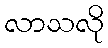
လာသလို